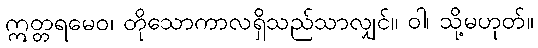
ဣတ္တရမေဝ၊ တိုသောကာလရှိသည်သာလျှင်။ ဝါ၊ သို့မဟုတ်။